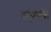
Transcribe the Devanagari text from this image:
संपूर्णत्व